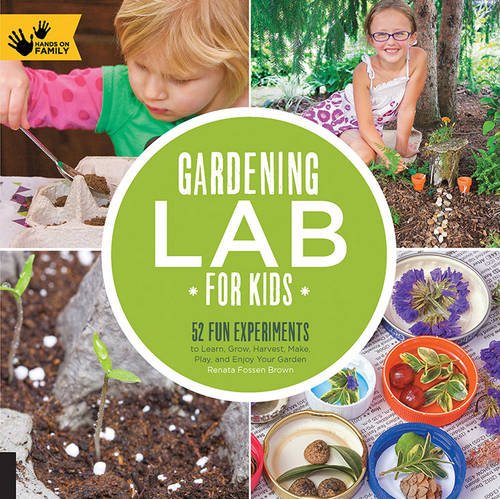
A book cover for Gardening Lab for Kids: 52 Fun Experiments to Learn, Grow, Harvest, Make, Play, and Enjoy Your Garden (Hands-On Family); Renata Fossen Brown; Children's Books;